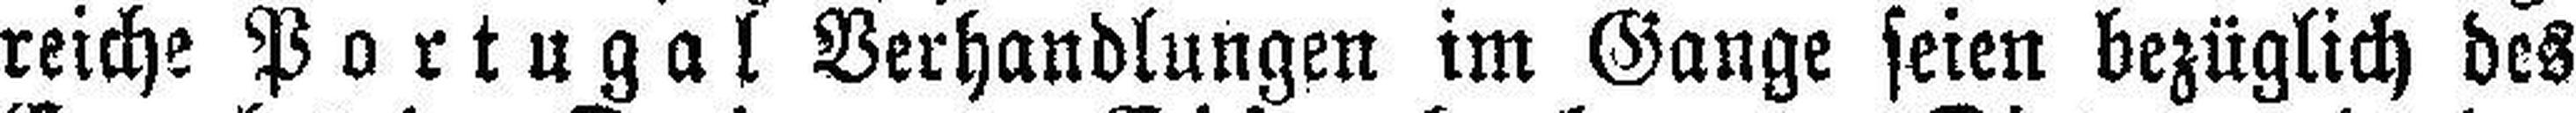
reiche Portugal Verhandlungen im Gange seien bezüglich des